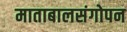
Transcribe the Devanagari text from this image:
माताबालसंगोपन